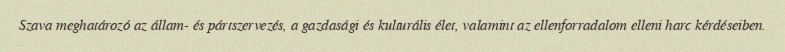
Szava meghatározó az állam- és pártszervezés, a gazdasági és kulturális élet, valamint az ellenforradalom elleni harc kérdéseiben.